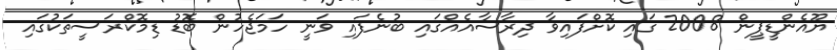
ޔޫއެންޑީޕީން 2008 ގައި ކޮށްފައިވާ ދިރާސާއެއްގައި ބުނެފައި ވަނީ ހަމަޖެހުން ބޮޑު ޑިމޮކްރަސީތަކުގައި